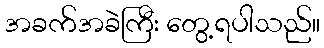
အခက်အခဲကြီး တွေ့ရပါသည်။